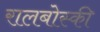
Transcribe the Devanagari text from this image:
रालबोस्की